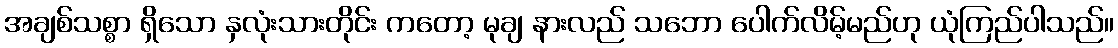
အချစ်သစ္စာ ရှိသော နှလုံးသားတိုင်း ကတော့ မုချ နားလည် သဘော ပေါက်လိမ့်မည်ဟု ယုံကြည်ပါသည်။